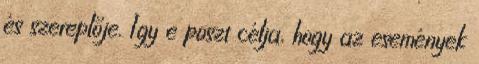
és szereplője. Így e poszt célja, hogy az események